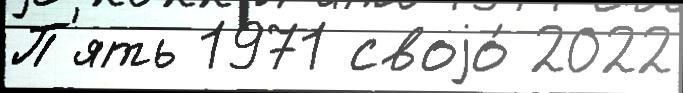
П'ять 1971 своjо́ 2022